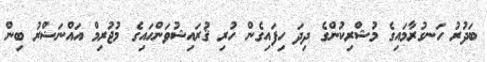
ބަދުރު ހަނގުރާމައިގެ މުޝްރިކުންގެ ދިދަ ހިފައިގެން ހުރި ޤުރައިޝުވަންހައިގެ މުޖުރިމް އައްނަޟްރު ބިން